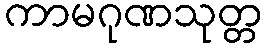
ကာမဂုဏသုတ္တ